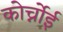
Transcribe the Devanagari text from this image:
कोर्च्नोई